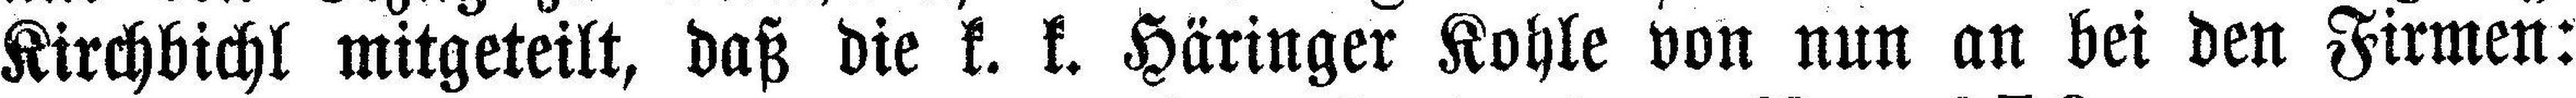
Kirchbichl mitgeteilt, daß die k. k. Häringer Kohle von nun an bei den Firmen: